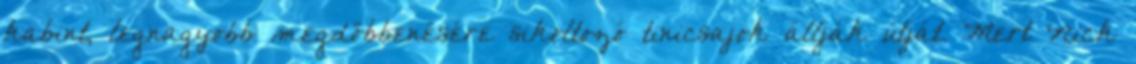
kabint, legnagyobb megdöbbenésére sikoltozó tinicsajok állják útját. Mert Nick